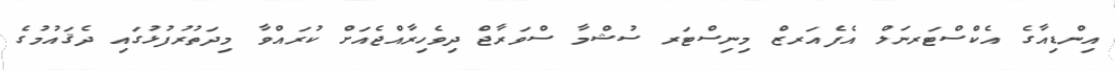
އިންޑިއާގެ އެކްސްޓަރނަލް އެފެއަރޒް މިނިސްޓަރ ސުޝްމާ ސްވަރާޖް ދިވެހިރާއްޖެއަށް ކުރައްވާ މިދަތުރުފުޅުގައި ދެޤައުމުގެ